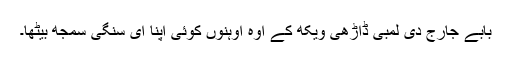
بابے جارج دی لمبی ڈاڑھی ویکھ کے اوہ اوہنوں کوئی اپنا ای سنگی سمجھ بیٹھا۔